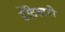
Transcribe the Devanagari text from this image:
डेंटिस्टरी